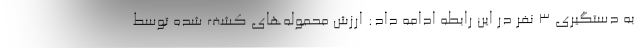
به دستگیری ۳ نفر در این رابطه ادامه داد: ارزش محموله‌های کشف شده توسط